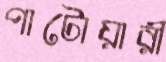
পাটোয়ারী